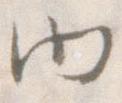
内